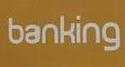
banking